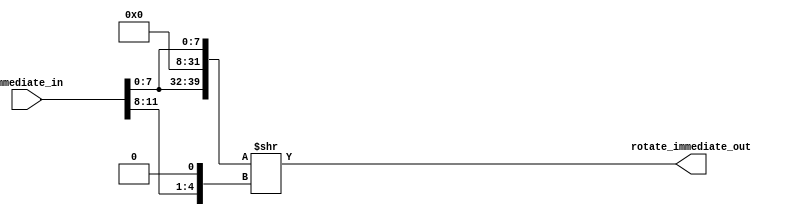
module rotate(immediate_in, rotate_immediate_out);
	input [11:0]immediate_in;
	output [31:0]rotate_immediate_out;
	wire [31:0] tmp;
	assign {tmp, rotate_immediate_out} = {{24'b0, immediate_in[7:0]}, {24'b0, immediate_in[7:0]}} >> {immediate_in[11:8], 1'b0};
endmodule